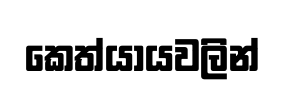
කෙත්යායවලින්